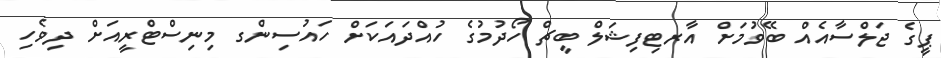
ޕީގެ ޖަލްސާއެއް ބޭވުމަށް އާރޓިފިޝަލް ބީޗް ހޯދުމުގެ ހުއްދައަކަށް ހައުސިންގ މިނިސްޓްރީއަށް ދިވެހި